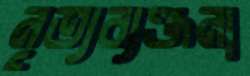
নৃত্যব্যঞ্জনা